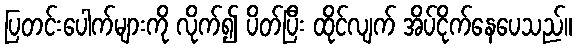
ပြတင်းပေါက်များကို လိုက်၍ ပိတ်ပြီး ထိုင်လျက် အိပ်ငိုက်နေပေသည်။